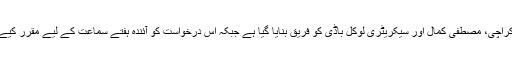
درخواست میں میئر کراچی، مصطفیٰ کمال اور سیکریٹری لوکل باڈی کو فریق بنایا گیا ہے جبکہ اس درخواست کو آئندہ ہفتے سماعت کے لیے مقرر کیے جانے کا امکان ہے۔